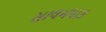
સાલમપાક